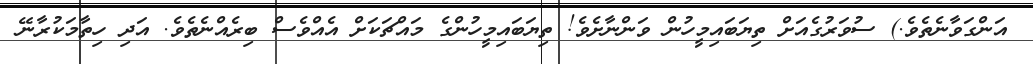
އަންގަވާނެތެވެ.) ސުވަރުގެއަށް ތިޔަބައިމީހުން ވަންނާށެވެ! ތިޔަބައިމީހުންގެ މައްޗަކަށް އެއްވެސް ބިރެއްނެތެވެ. އަދި ހިތާމަކުރާނޭ